Lock hospitals Punjab
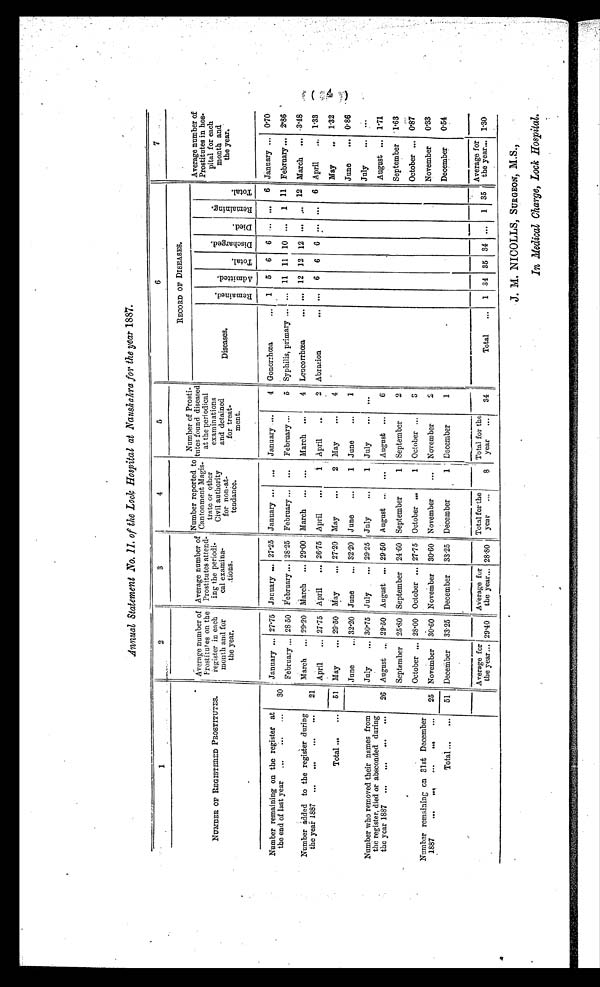
Annual Statement .No. II. of the Lock Hospital at Naushahra for the year 1887.
1
2
3
4
5
6
7
NUMBER OF REGISTERED PROSTITUTES .
Average number of
Prostitutes on the
register in each
month and for
the year.
Average number of
Prostitutes attend-
ing the period-
cal examina-
tions.
Number reported to
Cantonment Magis-
trate or other
Civil authority
for non-at-
t e n d a n c e .
Number of Prosti-
tutes found diseased
at the periodical
examinations
and detained
for treat-
m e n t .
RECORD OP DISEASES.
Average number of
Prostitutes in hos-
pital for each
month and
the year.
Diseases.
R e m a i n e d .
A d m i t t e d .
T o t a l .
D i s c h a r g e d .
D i e d .
R e m a i n i n g .
T o t a l .
Number remaining on the register at
the end of last year ...
...
...
Number added to the register during
the year 1887 ...
...
...
...
Total ...
30
21
January ... 27.75 January ... 27.25 January ... ... January ....
4 Gonorrhœa
... 1 5 6 6 ... ... 6 January ... 0.70
February ... 28.50 February ... 28.25 February ... ... February ...
5 Syphilis, primary ...
. . . 11 11 10 ... 1 11 February ... 2.86
March ... 29.20 March ... 29.00 March ... ... March
4 Leucorrhœa
... ... 12 12 12 ... ... 12 March ...
3 . 4 8
April
... 27.75 April
... 26.75 April
...
1 April
..
2 Abrasion
... ... 6 6 6 ... ... 6 April
... 1.33
51 May
... 29.50 May
... 27.20 May
...
2 May
...
4
May
.. 1.32
June
... 0.86
Number who removed their names from
the register, died or absconded during
the year 1887 ...
...
...
...
Number remaining on 31st December
1887
...
...
...
...
...
26
25
June
... 32.20 June
... 32.20 June
...
1 June
...
1
July
... 30.75 July
... 29.25 July
...
1 July
... ...
July
... ...
August ... 29.50 August ... 29.50 August ... ... August ...
6
August ... 1.71
September 25.80 September 24.60 September
1 September
2
September 1.63
October ... 28.00 October ... 27.75 October ...
1 October ...
3
October ... 0.87
November
0.33
November 30.60 November 30.60 November ...
1 November
2
December
0.54
Total ...
...
51 December 33.25 December 33.25 December
1 December
1
Average for
the year... 29.40 Average for
the y e a r ... 28.80
Total for the
year. 8
Total for the
year ...
34
Total
... 1 34 35 34 ...
1 35
Average for
the year... 1.30
J. M. NICOLLS, SURGEON, M.S.,
In Medical Charge, Lock Hospital.